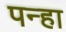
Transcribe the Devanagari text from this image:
पन्हा